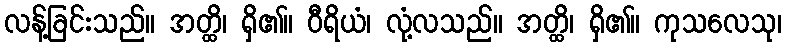
လန့်ခြင်းသည်။ အတ္ထိ၊ ရှိ၏။ ဝီရိယံ၊ လုံ့လသည်။ အတ္ထိ၊ ရှိ၏။ ကုသလေသု၊